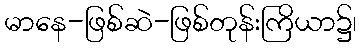
မာနေ-ဖြစ်ဆဲ-ဖြစ်တုန်းကြိယာ၌၊